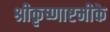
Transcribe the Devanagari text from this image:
श्रीकृष्णाष्टमीके